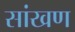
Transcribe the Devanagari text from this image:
सांखण